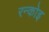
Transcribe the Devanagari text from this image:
रन्कोइ